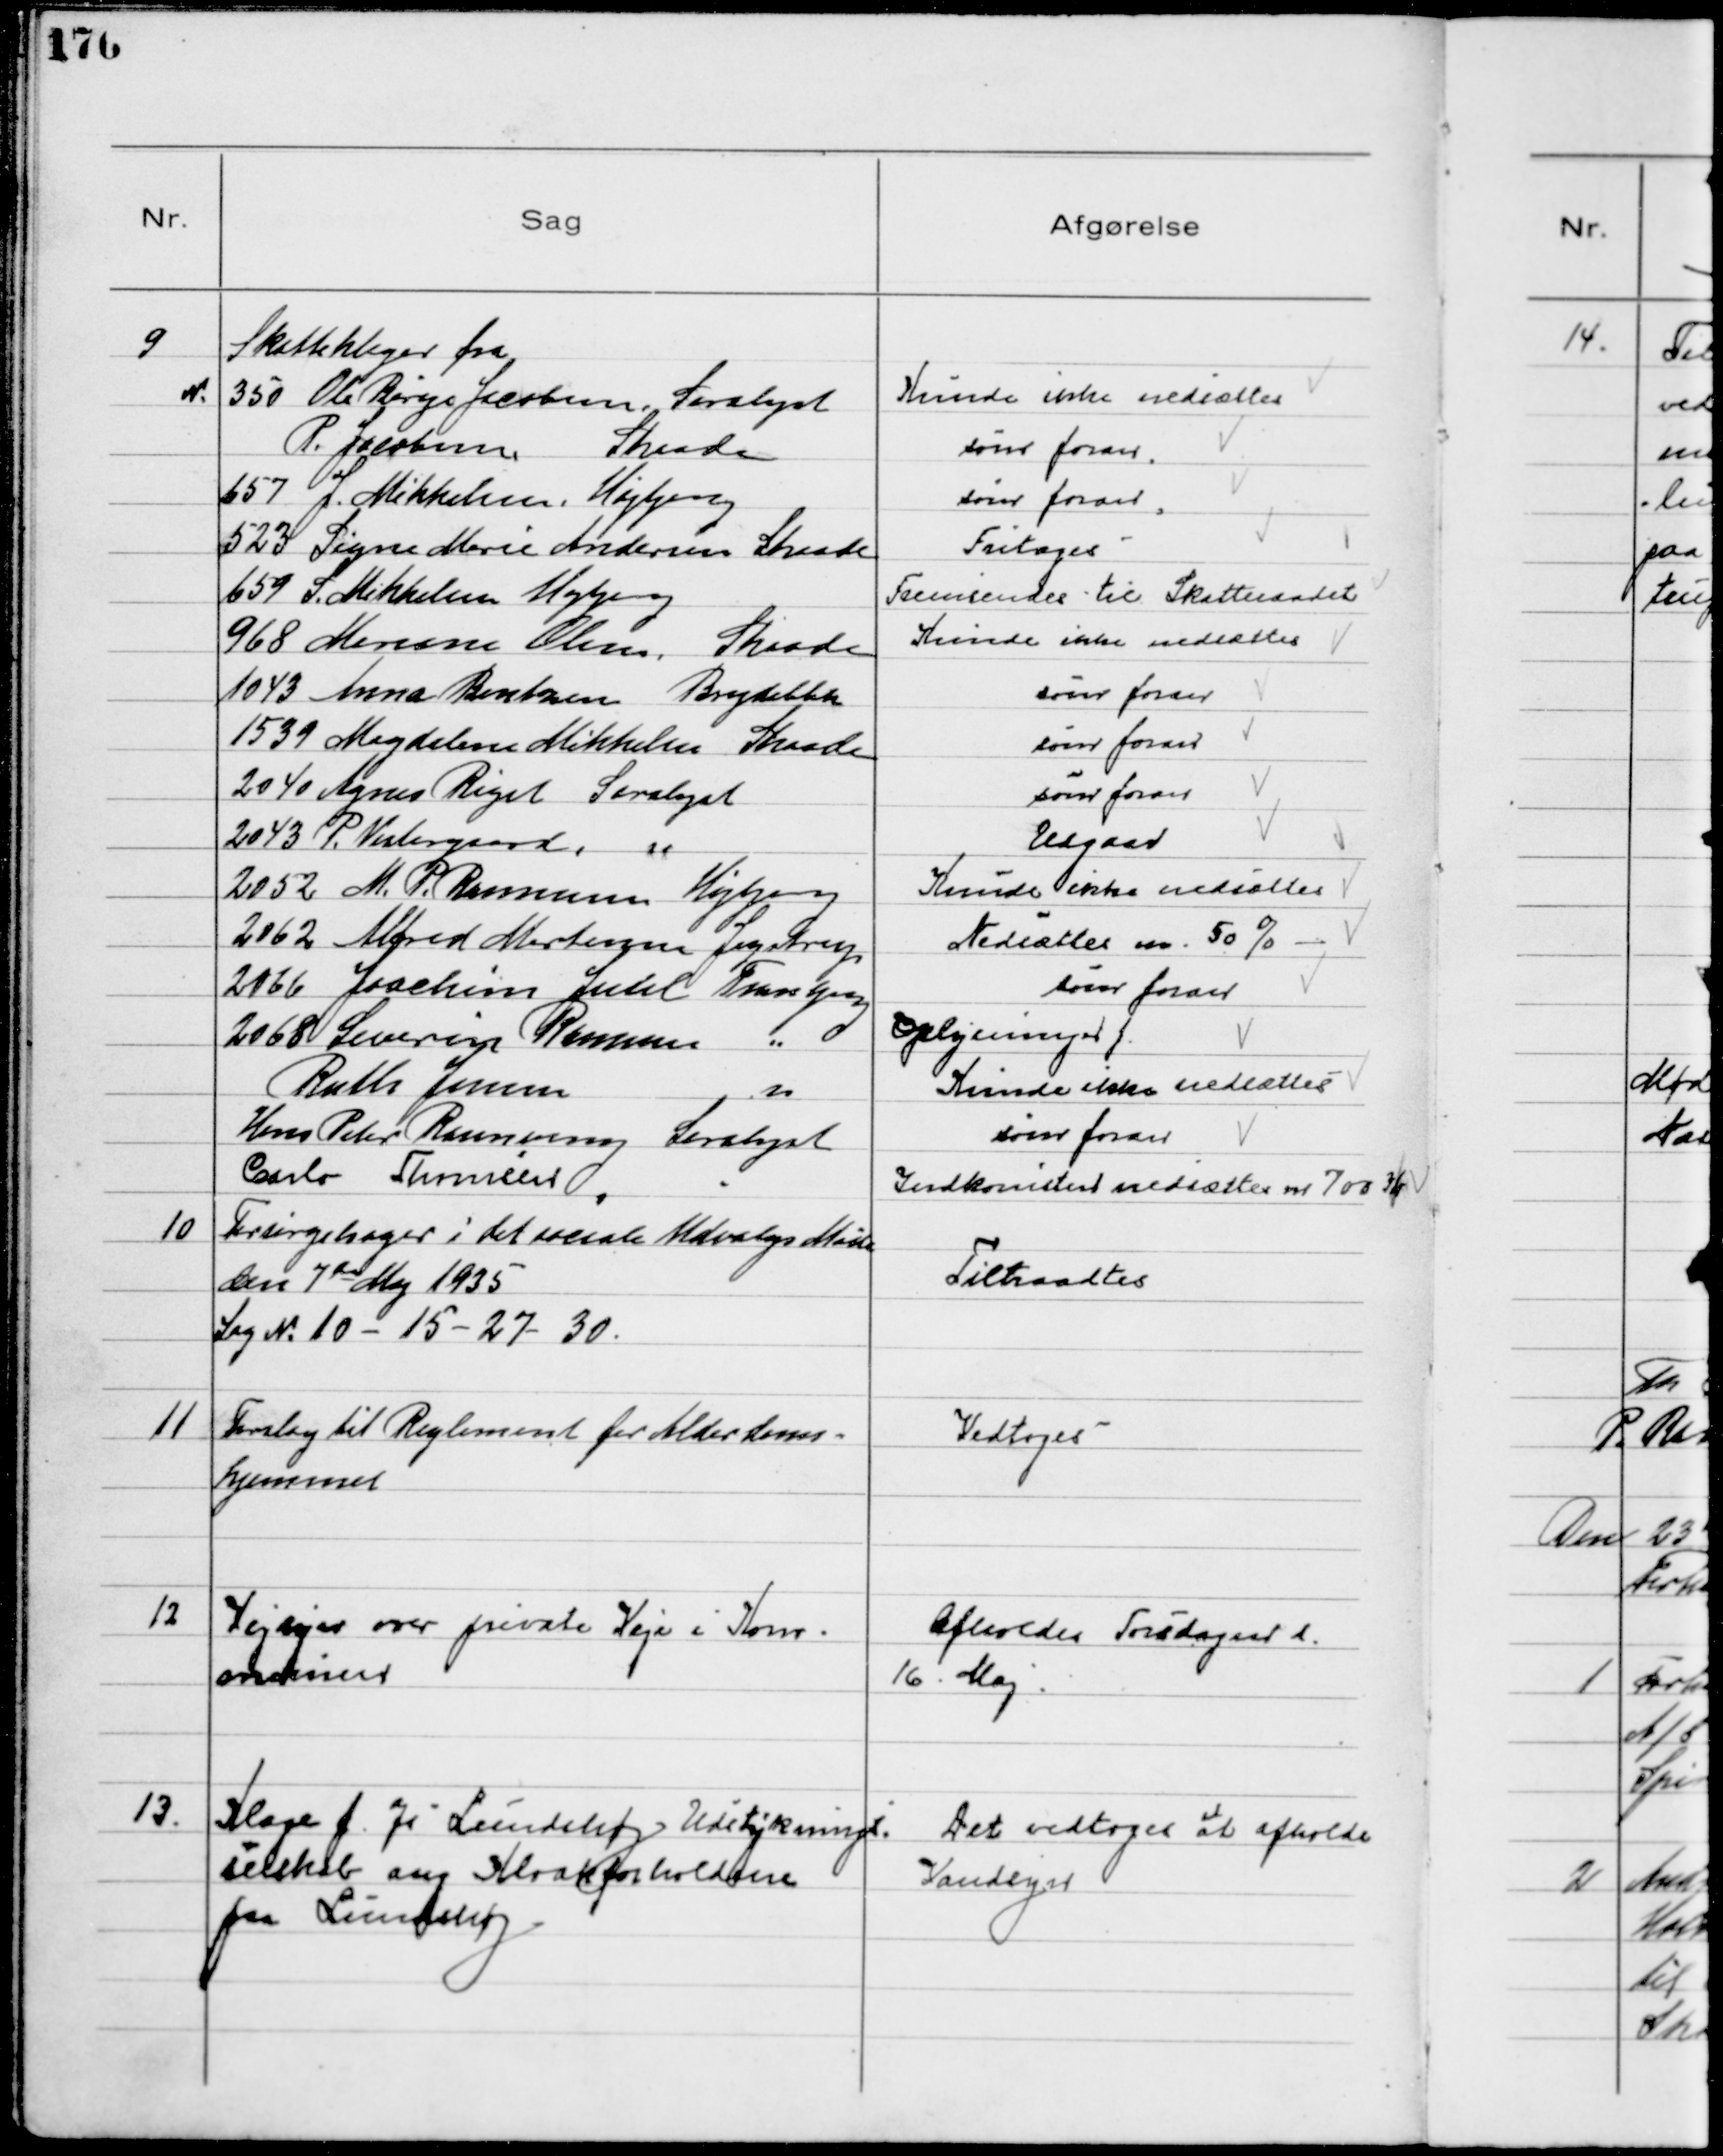
Transskription:
9
Skatteklager fra
№
350 Ole Børge Jacobsen, Saralyst
Kunde ikke nedsættes
P. Jacobsen 
Skaade
som foran
657 J. Mikkelsen, Højbjerg
som foran
523 Signe Marie Andersen Skaade
Fritoges
659 S. Mikkelsen Højbjerg
Fremsendes til Skatteraadet
968 Mariane Olesen Skaade
Kunde ikke nedsættes
1043 Anna Bentzen Brejdablik
som foran
1539 Magdalene Mikkelsen Skaade
som foran
2040 Agnes Riget Saralyst
som foran
2043 P. Vestergaard,    
Udgaar
2052 M. P. Rasmussen Højbjerg
Kunde ikke nedsættes
2062 Alfred Mortensen Jegstrup
Nedsættes m. 50%
2066 Joachim Juhl Tranbjerg
som foran
2068 Severin Rasmussen   
Oplysninger f.
Ruth Jensen    
Kunde ikke nedsættes
Hans Peter Rosenvang Saralyst
som foran
Carlo Thomsen
Indkomsten nedsættes m. 700 Kr

10
Forsørgelsager i det sociale Udvalgs Møde
den 7de Maj 1935
Sag № 10 - 15 - 27 - 30.

Tiltraadtes

11
Forslag til Reglement for Alderdoms-
hjemmet

Vedtoges

12
Vejsager over private Veje i Kom-
munen

Afholdes Torsdagen d.
16. Maj

13.
Klage f. a/s Lundshøj Udstyknings-
selskab ang. Kloakforholdene
paa Lundshøj.

Det vedtoges at afholde
Vandsyn